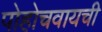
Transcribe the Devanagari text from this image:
पोहोचवायची